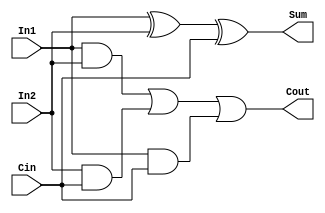
module full_adder1(In1,In2,Cin,Sum,Cout);

input wire In1,In2,Cin;
output wire Cout,Sum;

assign Cout = ((In1&In2) | (In2&Cin) | (In1&Cin));
assign Sum = (In1^In2)^Cin;

endmodule // full_adder1